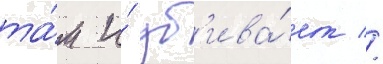
та́м и́ уб'ива́ет //